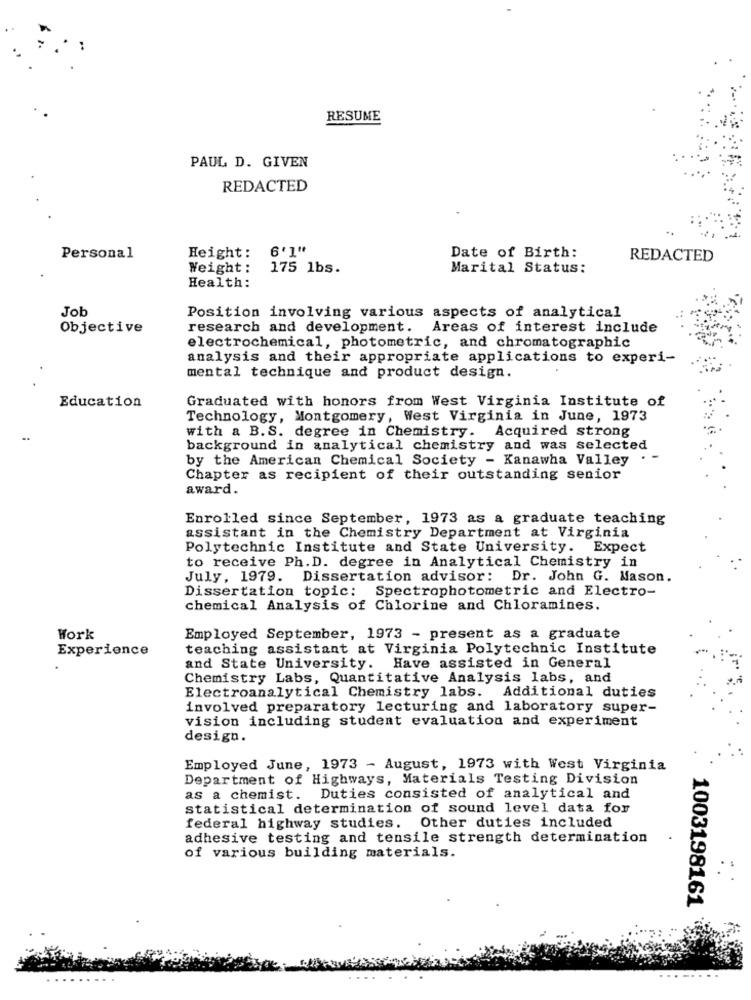
RESUME
PAUL D. GIVEN
REDACTED
6']"
Personal
Height :
Date of Birth:
REDACTED
Weight :
175 1bs.
Marital Status:
Health:
Job
Position involving various aspects of analytical
Objective
research and development. Areas of interest include
electrochemical, photometric, and chromatographic
analysis and their appropriate applications to experi-
mental technique and product design.
Graduated with honors from West Virginia Institute of
Education
Technology, Montgomery, West Virginia in June, 1973
with a B.S. degree in Chemistry. Acquired strong
..
background in analytical chemistry and was selected
by the American Chemical Society - Kanawha Valley .
Chapter as recipient of their outstanding senior
award.
Enrolled since September, 1973 as a graduate teaching
assistant in the Chemistry Department at Virginia
Polytechnic Institute and State University. Expect
to receive Ph.D. degree in Analytical Chemistry in
July, 1979. Dissertation advisor: Dr. John G. Mason.
Dissertation topic: Spectrophotometric and Electro-
chemical Analysis of Chlorine and Chloramines.
Work
Employed September, 1973 - present as a graduate
Experience
teaching assistant at Virginia Polytechnic Institute
and State University.
Have assisted in General
Chemistry Labs, Quantitative Analysis labs, and
Electroanalytical Chemistry labs. Additional duties
involved preparatory lecturing and laboratory super-
vision including student evaluation and experiment
design.
Employed June, 1973 - August, 1973 with West Virginia
Department of Highways, Materials Testing Division
as a chemist. Duties consisted of analytical and
statistical determination of sound level data for
federal highway studies. Other duties included
adhesive testing and tensile strength determination
of various building materials.
1003198161